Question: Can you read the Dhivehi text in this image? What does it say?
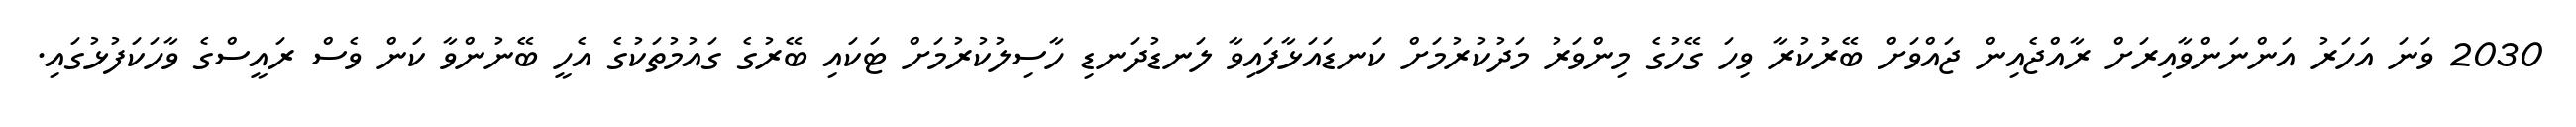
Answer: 2030 ވަނަ އަހަރު އަންނަންވާއިރަށް ރާއްޖެއިން ޖައްވަށް ބޭރުކުރާ ވިހަ ގޭހުގެ މިންވަރު މަދުކުރުމަށް ކަނޑައަޅާފައިވާ ލަނޑުދަނޑި ހާސިލުކުރުމަށް ޓަކައި ބޭރުގެ ގައުމުތަކުގެ އެހީ ބޭނުންވާ ކަން ވެސް ރައީސްގެ ވާހަކަފުޅުގައި.